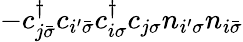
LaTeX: -c_{j\bar{\sigma}}^{\dagger}c_{i^{\prime}\bar{\sigma}}c_{i\sigma}^{\dagger}c_{j\sigma}n_{i^{\prime}\sigma}n_{i\bar{\sigma}}